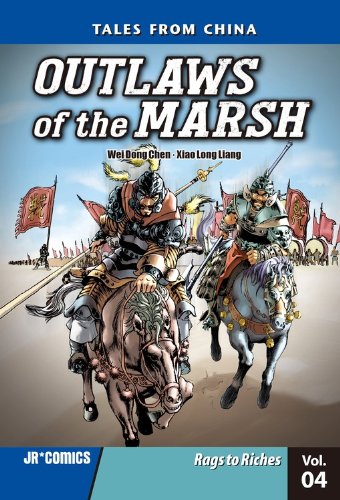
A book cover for Outlaws of the Marsh Volume 4 Rags to Riches; Wei Dong Chen; Teen & Young Adult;